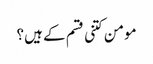
مومن کتنی قسم کے ہیں؟